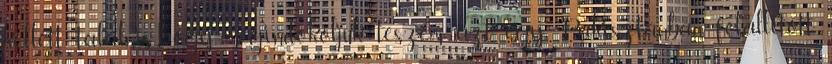
kellett találni, hogy megindokoljuk teszem azt egy Pakisztánban felállított